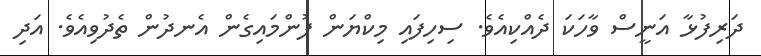
ދަރިފުޅާ އަނީސް ވާހަކަ ދެއްކިއެވެ. ސިހިފައި މިކްޔަން ފުންމައިގެން އެނދުން ތެދުވިއެވެ. އަދި